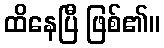
ထိနေပြီ ဖြစ်၏။